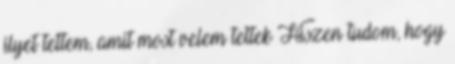
ilyet tettem, amit most velem tettek Hiszen tudom, hogy